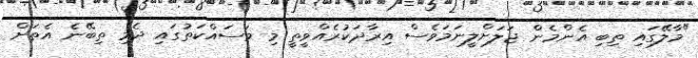
"މާލޭގައި ތިބި އެންމެން ޖަލަށްލީނަމަވެސް އިރާދަކުރެއްވީތީ މި މަސައްކަތުގައި ދެމި ތިބޭނެ އެތަށް